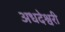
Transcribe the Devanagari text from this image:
अधदेश्वरी